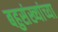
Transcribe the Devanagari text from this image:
बहुसंख्यांच्या